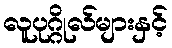
လူပုဂ္ဂိုလ်များနှင့်